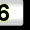
Digit: 6